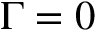
\Gamma = 0